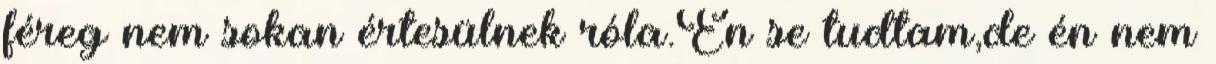
féreg nem sokan értesülnek róla.Én se tudtam,de én nem